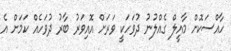
ހާއްސަކޮށް މާއީލް ގެއްލުނު ދުވަހަކީ ވަރަށް އޮއިވަރު ބާރު ދުވަހެއް ކަމަށް އެ